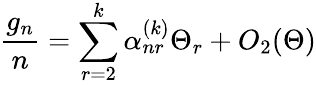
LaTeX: \frac{g_{n}}{n}=\sum_{r=2}^{k}\alpha_{nr}^{(k)}\Theta_{r}+O_{2}(\Theta)